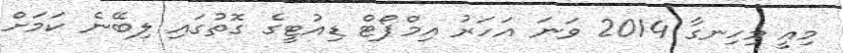
މިއީ މިހިނގާ 2014 ވަނަ އަހަރު އިމްޕޯޓް ޑިއުޓީގެ ގޮތުގައި ލިބޭނެ ކަމަށް